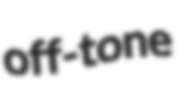
off-tone